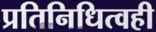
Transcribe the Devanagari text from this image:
प्रतिनिधित्वही